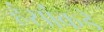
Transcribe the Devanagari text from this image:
हंसांकडे